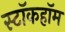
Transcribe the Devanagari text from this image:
स्टॉकहॉम